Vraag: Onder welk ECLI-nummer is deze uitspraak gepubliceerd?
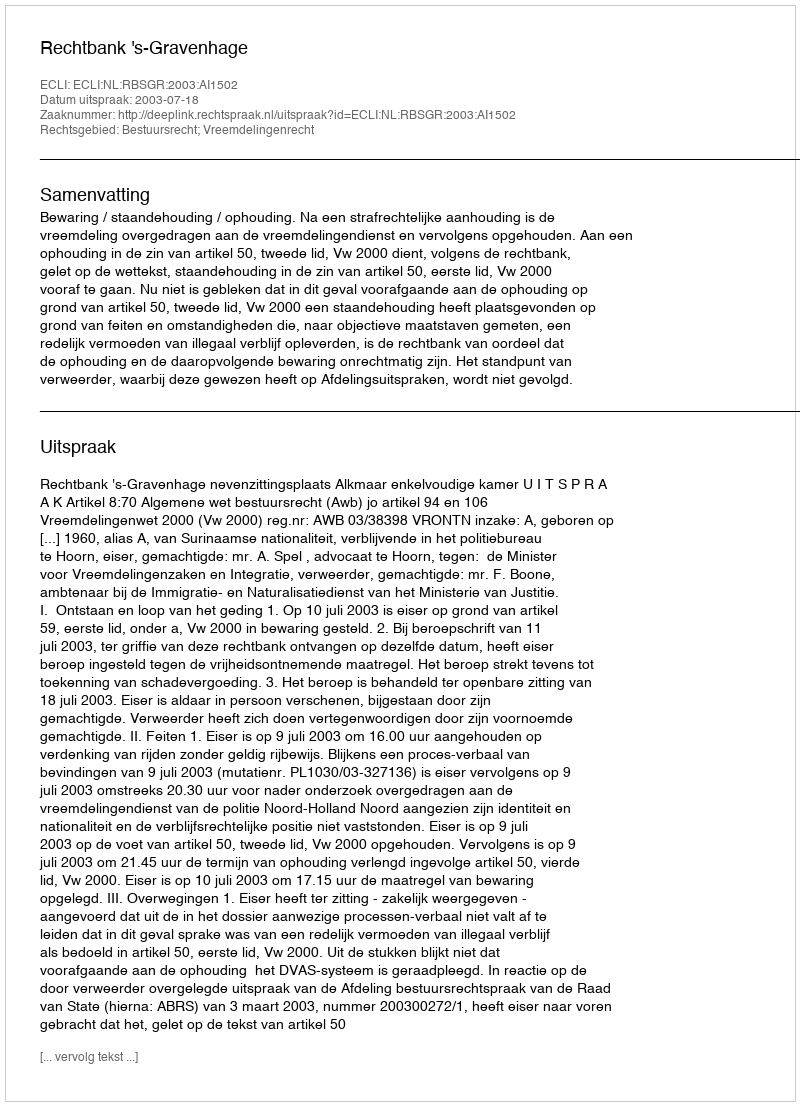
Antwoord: ECLI:NL:RBSGR:2003:AI1502